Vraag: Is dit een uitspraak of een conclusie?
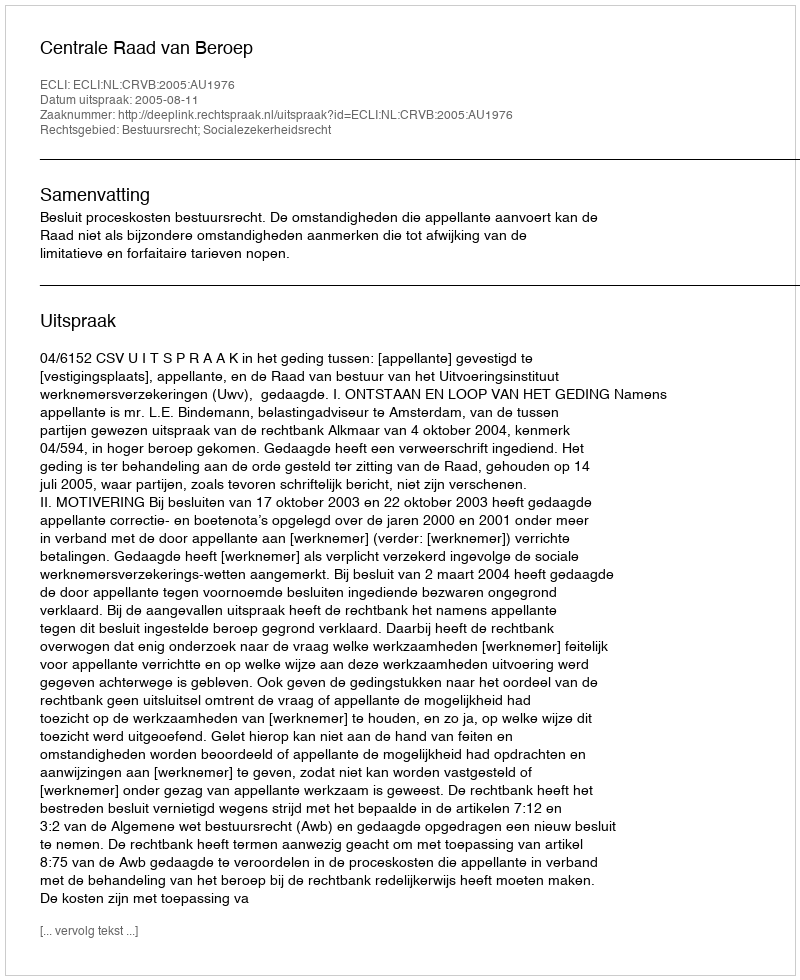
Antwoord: Uitspraak